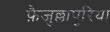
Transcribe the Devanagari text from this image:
फ़ैजुल्लापुरिया